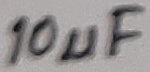
Text: 10µF